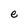
Character: e